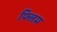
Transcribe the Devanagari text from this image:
फ्लिम